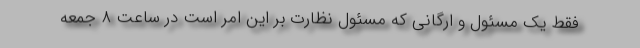
فقط یک مسئول و ارگانی که مسئول نظارت بر این امر است در ساعت ۸ جمعه